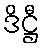
ဒိဋ္ဌီ